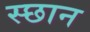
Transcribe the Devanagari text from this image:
स्छान